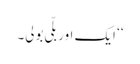
‘‘ ایک اور بلّی بولی۔